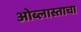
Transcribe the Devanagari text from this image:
ओब्लास्ताचा